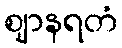
ဈာနရတံ